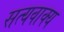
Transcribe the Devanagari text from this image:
सत्यवाक्य